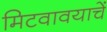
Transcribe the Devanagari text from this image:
मिटवावयाचें